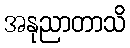
အနုညာတာသိ